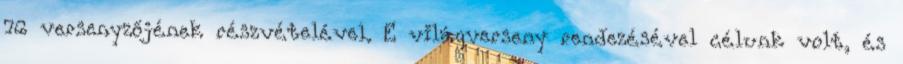
76 versenyzőjének részvételével. E világverseny rendezésével célunk volt, és